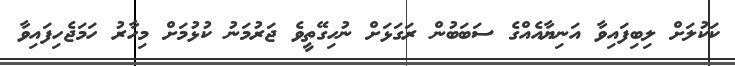
ކަކުލަށް ލިބިފައިވާ އަނިޔާއެއްގެ ސަބަބުން ރަގަޅަށް ނުހިގޭތީވެ ޖަރުމަނު ކުޅުމަށް މިހާރު ހަަމަޖެހިފައިވާ